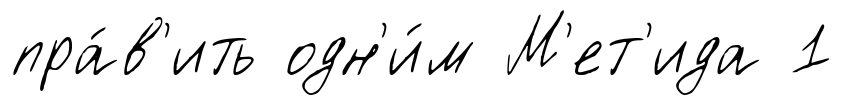
пра́в'ить одн'и́м М'ет'ида 1